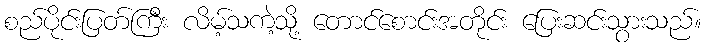
စည်ပိုင်းပြတ်ကြီး လိမ့်သကဲ့သို့ တောင်စောင်းအတိုင်း ပြေးဆင်းသွားသည်။